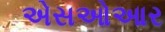
એસઓઆર